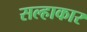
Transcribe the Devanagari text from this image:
सल्हाकार